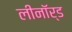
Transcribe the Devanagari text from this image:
लीनॉर्ड